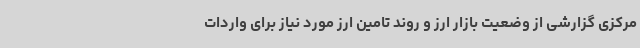
مرکزی گزارشی از وضعیت بازار ارز و روند تامین ارز مورد نیاز برای واردات